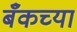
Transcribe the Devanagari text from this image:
बँकच्या